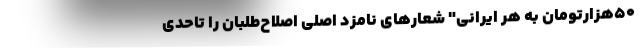
۵۰هزارتومان به هر ایرانی" شعارهای نامزد اصلی اصلاح‌طلبان را تاحدی